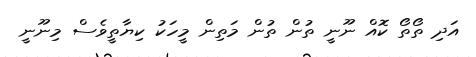
އަދި ތޯތޯ ކޮއް ނޫނީ ތުން ތުން މަތިން މީހަކު ކިޔާތީވެސް މިނޫނީ